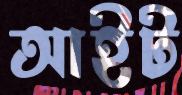
আইট